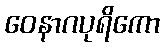
ဝေနာဂပုရိကော